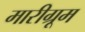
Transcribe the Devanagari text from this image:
मारीग्रूम